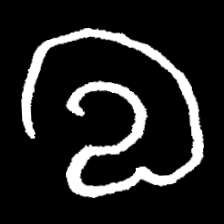
Pyu character \u2014 Myanmar letter: လ (romanized: la)